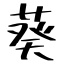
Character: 葵